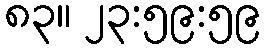
၈၃။ ၂၃:၅၉:၅၉